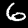
Label: 6